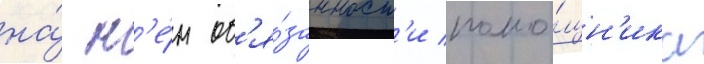
на́ н'е́м об'я́занност'и помо́щн'ика